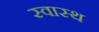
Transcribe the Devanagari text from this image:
स्‍वास्थ